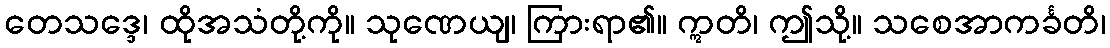
တေသဒ္ဒေ၊ ထိုအသံတို့ကို။ သုဏေယျ၊ ကြားရာ၏။ ဣတိ၊ ဤသို့။ သစေအာကင်္ခတိ၊